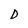
Character: D